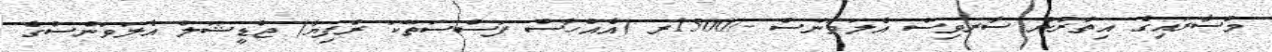
މުސާރައިގެ އިތުރުން ސާރވިސް އެލަވަންސް -/1500ރ (އެއްހާސް ފަސްސަތޭކަ ރުފިޔާ) ޖުޑީޝަލް އެލަވަންސްގެ